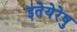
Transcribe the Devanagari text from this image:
इतेयेरेषु